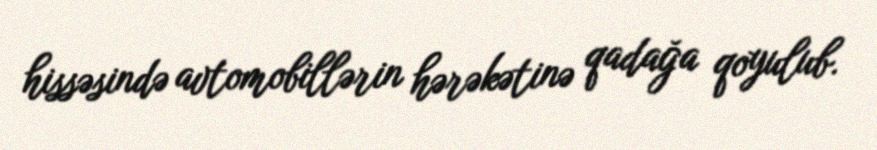
hissəsində avtomobillərin hərəkətinə qadağa qoyulub.